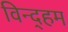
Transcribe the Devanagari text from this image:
विन्द्हम